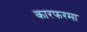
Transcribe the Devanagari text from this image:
कारफरमा